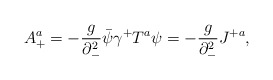
\begin{align*}A_+^a=-{g \over \partial_-^2}\bar \psi\gamma^+T^a\psi=-{g \over \partial_-^2}J^{+a} ,\end{align*}